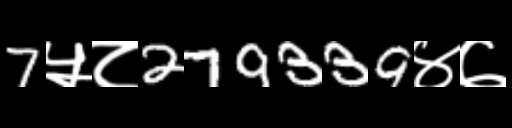
Text: 7५८279339४७